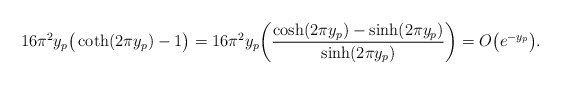
\begin{align*}&16\pi^{2}y_{p}\big(\coth(2\pi y_{p})-1\big)=16\pi^{2}y_{p}\bigg(\frac{\cosh(2\pi y_{p})-\sinh(2\pi y_{p})}{\sinh(2\pi y_{p})}\bigg)=O\big(e^{-y_{p}}\big).\end{align*}